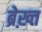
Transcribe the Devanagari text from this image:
ब्रेख़्त